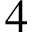
4